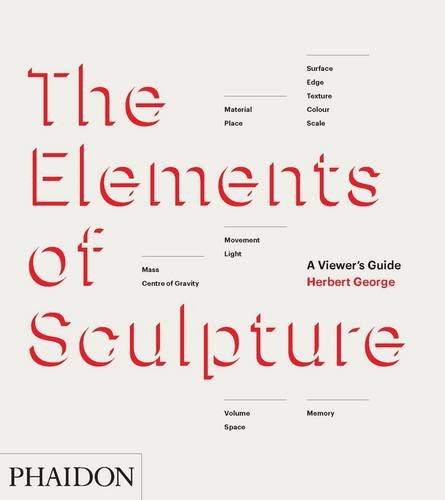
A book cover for The Elements of Sculpture; Herbert George; Arts & Photography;